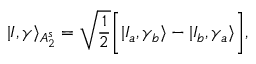
| I , \gamma \rangle _ { A _ { 2 } ^ { s } } = \sqrt { \frac { 1 } { 2 } } \bigg [ | I _ { a } , \gamma _ { b } \rangle - | I _ { b } , \gamma _ { a } \rangle \bigg ] ,